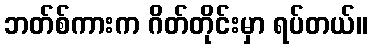
ဘတ်စ်ကားက ဂိတ်တိုင်းမှာ ရပ်တယ်။